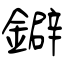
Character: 鐴